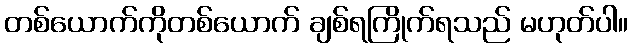
တစ်ယောက်ကိုတစ်ယောက် ချစ်ရကြိုက်ရသည် မဟုတ်ပါ။